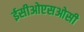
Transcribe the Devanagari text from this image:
ईसीओएसओसी